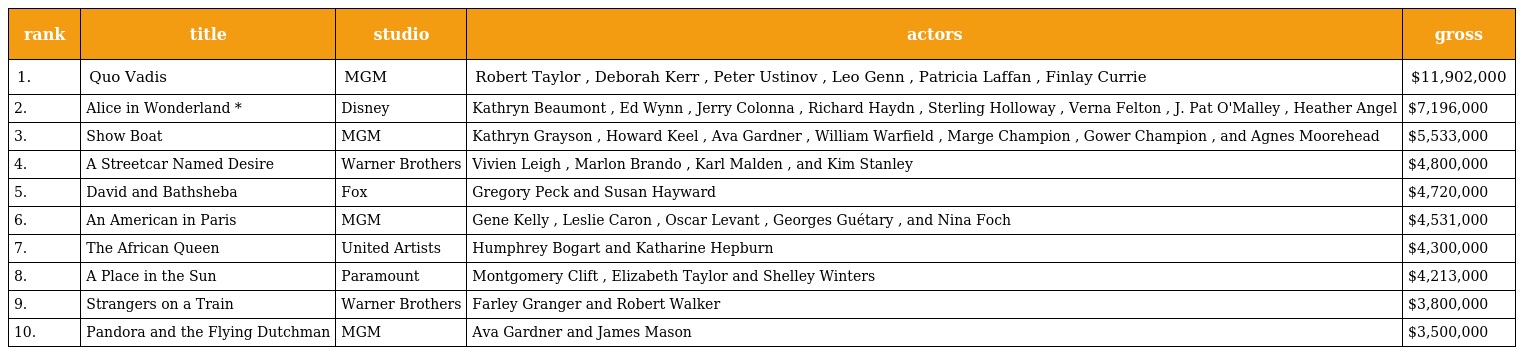
| rank | title | studio | actors | gross |
 | --- | --- | --- | --- | --- |
 | 1. | Quo Vadis | MGM | Robert Taylor , Deborah Kerr , Peter Ustinov , Leo Genn , Patricia Laffan , Finlay Currie | $11,902,000 |
 | 2. | Alice in Wonderland * | Disney | Kathryn Beaumont , Ed Wynn , Jerry Colonna , Richard Haydn , Sterling Holloway , Verna Felton , J. Pat O'Malley , Heather Angel | $7,196,000 |
 | 3. | Show Boat | MGM | Kathryn Grayson , Howard Keel , Ava Gardner , William Warfield , Marge Champion , Gower Champion , and Agnes Moorehead | $5,533,000 |
 | 4. | A Streetcar Named Desire | Warner Brothers | Vivien Leigh , Marlon Brando , Karl Malden , and Kim Stanley | $4,800,000 |
 | 5. | David and Bathsheba | Fox | Gregory Peck and Susan Hayward | $4,720,000 |
 | 6. | An American in Paris | MGM | Gene Kelly , Leslie Caron , Oscar Levant , Georges Guétary , and Nina Foch | $4,531,000 |
 | 7. | The African Queen | United Artists | Humphrey Bogart and Katharine Hepburn | $4,300,000 |
 | 8. | A Place in the Sun | Paramount | Montgomery Clift , Elizabeth Taylor and Shelley Winters | $4,213,000 |
 | 9. | Strangers on a Train | Warner Brothers | Farley Granger and Robert Walker | $3,800,000 |
 | 10. | Pandora and the Flying Dutchman | MGM | Ava Gardner and James Mason | $3,500,000 |